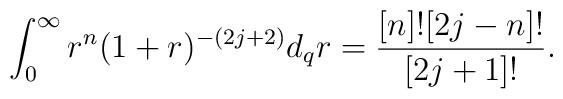
\int_{0}^{\infty}r^n (1+r)^{-(2j+2)}d_qr=\frac{[n]![2j-n]!}{[2j+1]!}.